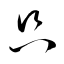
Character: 只